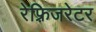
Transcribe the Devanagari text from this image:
रेफ़्रिजरेटर